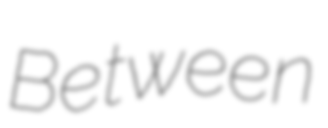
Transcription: Between